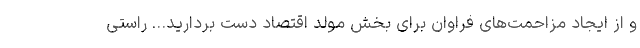
و از ایجاد مزاحمت‌های فراوان برای بخش مولد اقتصاد دست بردارید… راستی